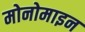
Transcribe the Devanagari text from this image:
मोनोमाइन